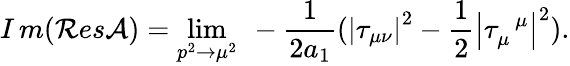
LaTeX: I\, m({\cal R}es{\cal A})=\operatorname*{lim}_{p^{2}\rightarrow\mu^{2}}{\ -\frac 1{2a_{1}}(\left|\tau_{\mu\nu}\right|^{2}-\frac 12\left|\tau_{\mu}^{\, \, \, \mu}\right|^{2}).}